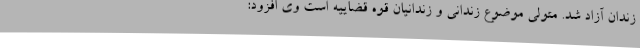
زندان آزاد شد. متولی موضوع زندانی و زندانیان قوه قضاییه است وی افزود: